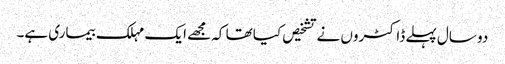
دو سال پہلے ڈاکٹروں نے تشخیص کیا تھا کہ مجھے ایک مہلک بیماری ہے۔